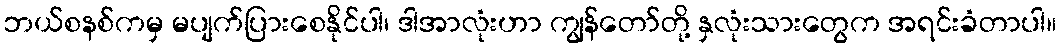
ဘယ်စနစ်ကမှ မပျက်ပြားစေနိုင်ပါ၊ ဒါအာလုံးဟာ ကျွန်တော်တို့ နှလုံးသားတွေက အရင်းခံတာပါ။